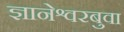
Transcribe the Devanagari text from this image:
ज्ञानेश्वरबुवा